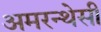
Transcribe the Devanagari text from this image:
अमरन्थेसी